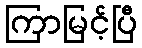
ကြာမြင့်ပြီ